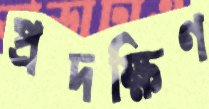
প্রদক্ষিণ